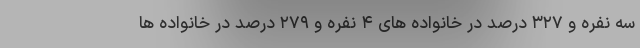
سه نفره و ۳۲۷ درصد در خانواده های ۴ نفره و ۲۷۹ درصد در خانواده ها